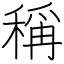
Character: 稱